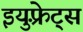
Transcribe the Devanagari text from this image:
इयुफ़्रेट्स